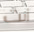
أنت